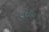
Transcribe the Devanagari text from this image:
गुडरिक